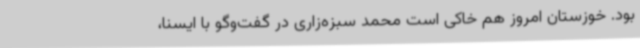
بود. خوزستان امروز هم خاکی است محمد سبزه‌زاری در گفت‌وگو با ایسنا،